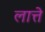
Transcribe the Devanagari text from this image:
लात्ते